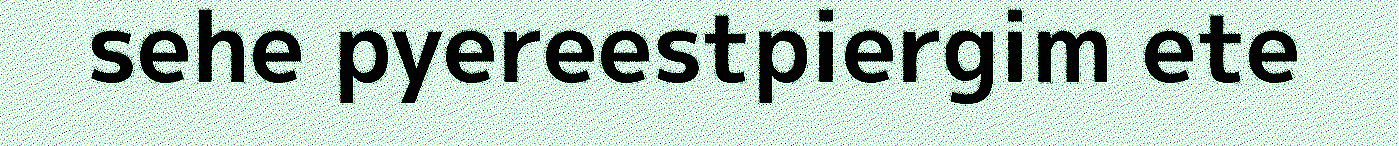
sehe pyereestpiergim ete